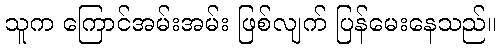
သူက ကြောင်အမ်းအမ်း ဖြစ်လျက် ပြန်မေးနေသည်။